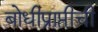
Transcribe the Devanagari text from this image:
बोधीप्राप्तीची